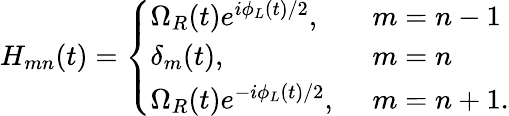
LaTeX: H_{mn}(t)=\left\{ \begin{array}{ll}{\Omega_{R}(t)e^{i\phi_{L}(t)/2},\ }&{m=n-1}\\ {\delta_{m}(t),\ }&{m=n}\\ {\Omega_{R}(t)e^{-i\phi_{L}(t)/2},\ }&{m=n+1.}\end{array}\right.